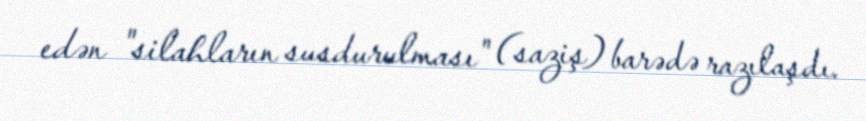
edən "silahların susdurulması" (saziş) barədə razılaşdı.